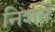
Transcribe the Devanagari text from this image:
निशतें